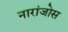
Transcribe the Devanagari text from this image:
नारांजोस